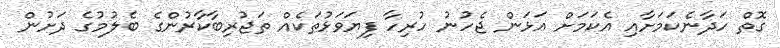
ގޮތް ހަދާނެކަމަށާއި އެކަމަށް އަޅަން ޖެހުނު ހުރިހާ ފިޔަވަޅުތަކެއް ތަޖުރިބާކާރުންގެ ބެލުމުގެ ދަށުން